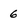
Character: 6